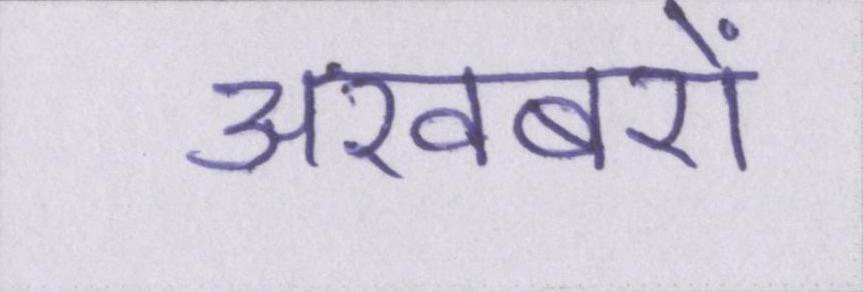
अखबरों